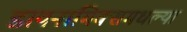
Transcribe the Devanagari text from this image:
डायनामिक्समधल्या